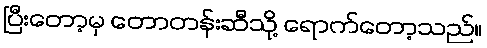
ပြီးတော့မှ တောတန်းဆီသို့ ရောက်တော့သည်။